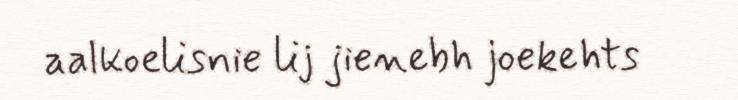
aalkoelisnie lij jienebh joekehts